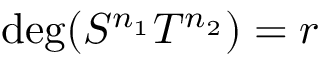
\mathrm { d e g } ( S ^ { n _ { 1 } } T ^ { n _ { 2 } } ) = r